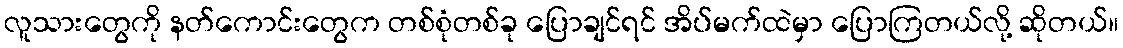
လူသားတွေကို နတ်ကောင်းတွေက တစ်စုံတစ်ခု ပြောချင်ရင် အိပ်မက်ထဲမှာ ပြောကြတယ်လို့ ဆိုတယ်။